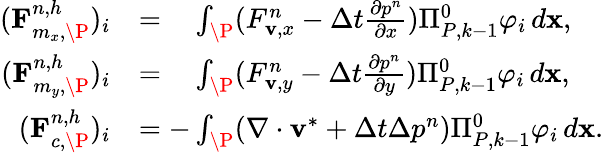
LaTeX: \begin{array}{rl}{(\mathbf{F}_{m_{x},\P}^{n,h})_{i}}&{=\phantom{-}\int_{\P}(F_{\mathbf{v},x}^{n}-\Delta t\frac{\partial p^{n}}{\partial x})\Pi_{{P},k-1}^{0}\varphi_{i}\, d\mathbf{x},}\\ {(\mathbf{F}_{m_{y},\P}^{n,h})_{i}}&{=\phantom{-}\int_{\P}(F_{\mathbf{v},y}^{n}-\Delta t\frac{\partial p^{n}}{\partial y})\Pi_{{P},k-1}^{0}\varphi_{i}\, d\mathbf{x},}\\ {(\mathbf{F}_{c,\P}^{n,h})_{i}}&{=-\int_{\P}(\nabla\cdot\mathbf{v}^{\ast}+\Delta t\Delta p^{n})\Pi_{{P},k-1}^{0}\varphi_{i}\, d\mathbf{x}.}\end{array}